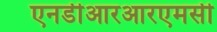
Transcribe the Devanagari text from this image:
एनडीआरआरएमसी